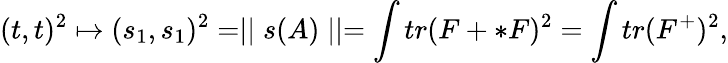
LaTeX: (t,t)^{2}\mapsto(s_{1},s_{1})^{2}=\mid\mid s(A)\mid\mid=\int tr(F+*F)^{2}=\int tr(F^{+})^{2},